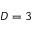
D = 3